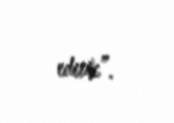
edirik”.